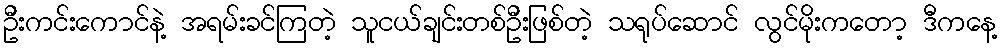
ဦးကင်းကောင်နဲ့ အရမ်းခင်ကြတဲ့ သူငယ်ချင်းတစ်ဦးဖြစ်တဲ့ သရုပ်ဆောင် လွင်မိုးကတော့ ဒီကနေ့